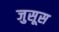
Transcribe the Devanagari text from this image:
जुसूस